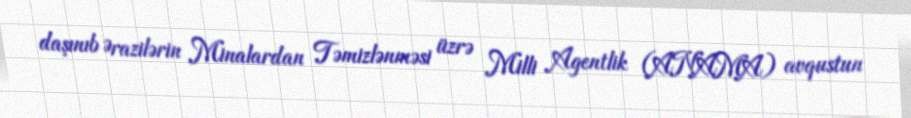
daşınıb Ərazilərin Minalardan Təmizlənməsi üzrə Milli Agentlik (ANAMA) avqustun